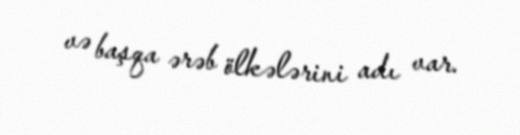
və başqa ərəb ölkələrini adı var.